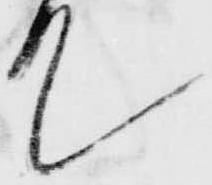
て